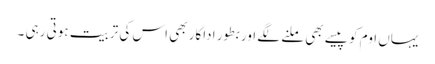
یہاں اوم کو پیسے بھی ملنے لگے اور بطور اداکار بھی اس کی تربیت ہوتی رہی ۔